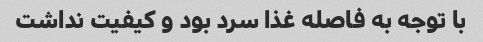
با توجه به فاصله غذا سرد بود و کیفیت نداشت